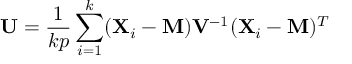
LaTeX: \mathbf { U } = { \frac { 1 } { k p } } \sum _ { i = 1 } ^ { k } ( \mathbf { X } _ { i } - \mathbf { M } ) \mathbf { V } ^ { - 1 } ( \mathbf { X } _ { i } - \mathbf { M } ) ^ { T }